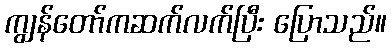
ကျွန်တော်ကဆက်လက်ပြီး ပြောသည်။